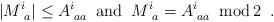
LaTeX: \begin{align*}|M^i_{~a}| \leq A^i_{\;aa} \;\; {\rm and} \;\; M^i_{~a} = A^i_{\;aa} \;\; {\rm mod} \, 2 \;\; .\end{align*}